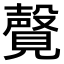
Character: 𫌤